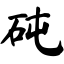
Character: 砘